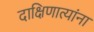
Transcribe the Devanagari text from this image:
दाक्षिणात्यांना